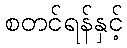
စတင်ရန်နှင့်